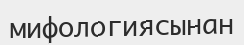
мифологиясынан